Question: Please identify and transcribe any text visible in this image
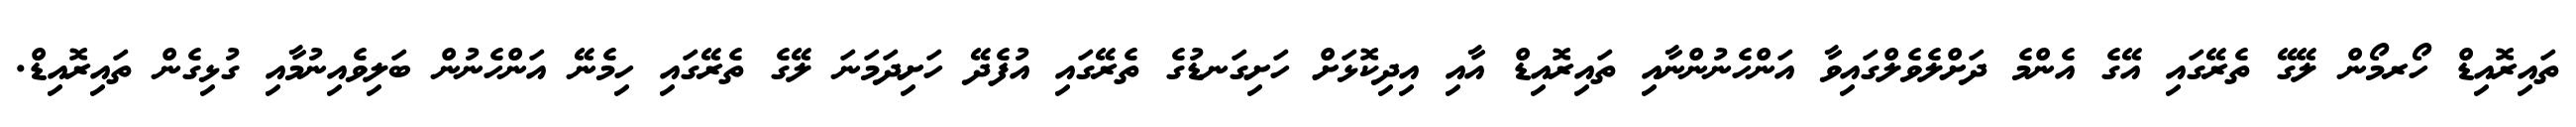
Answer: ތައިރޮއިޑް ހޯރމޯން ލޭގޭ ތެރޭގައި އޭގެ އެންމެ ދަށްލެވެލްގައިވާ އަންހެނުންނާއި ތައިރޮއިޑް އާއި އިދިކޮޅަށް ހަށިގަނޑުގެ ތެރޭގައި އުފެދޭ ހަށިދަމަނަ ލޭގެ ތެރޭގައި ހިމެނޭ އަންހެނުން ބަލިވެއިނުމާއި ގުޅިގެން ތައިރޮއިޑް.